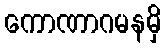
ကောဏာဂမနမှိ